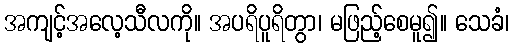
အကျင့်အလေ့သီလကို။ အပရိပူရိတွာ၊ မဖြည့်စေမူ၍။ သေခံ၊